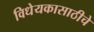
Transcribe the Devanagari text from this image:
विधेयकासाठीचे